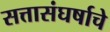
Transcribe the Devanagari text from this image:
सत्तासंघर्षाचे